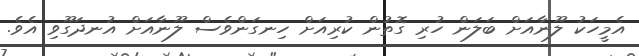
އެމީހަކު ލޫނާއަށް ބަލަން ހުރި ގޮތުން ކުރިއަށް ހިނގަންވެސް ލޫނާއަށް އުނދަގޫވި އެވެ.